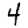
Digit: 4